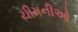
ચીમનીઓ